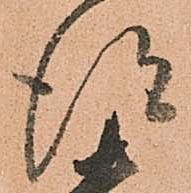
得